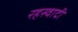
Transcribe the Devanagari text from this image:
रहस्वादी